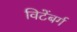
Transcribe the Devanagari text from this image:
विटेंबर्ग